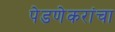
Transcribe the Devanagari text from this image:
पेडणेकरांचा